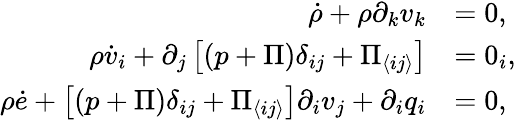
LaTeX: \begin{array}{rl}{\dot{\rho}+\rho\partial_{k}v_{k}}&{=0,}\\ {\rho\dot{v}_{i}+\partial_{j}\left[(p+\Pi)\delta_{ij}+\Pi_{\langle ij\rangle}\right]}&{=0_{i},}\\ {\rho\dot{e}+\left[(p+\Pi)\delta_{ij}+\Pi_{\langle ij\rangle}\right]\partial_{i}v_{j}+\partial_{i}q_{i}}&{=0,}\end{array}